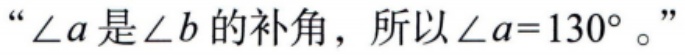
“\(\angle a\)是\(\angle b\)的补角，所以\(\angle a = 130^{\circ}\)。”